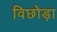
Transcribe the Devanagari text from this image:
विछोड़ा